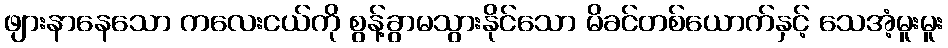
ဖျားနာနေသော ကလေးငယ်ကို စွန့်ခွာမသွားနိုင်သော မိခင်တစ်ယောက်နှင့် သေအံ့မူးမူး